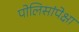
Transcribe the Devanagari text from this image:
पोलिसांपेक्षा